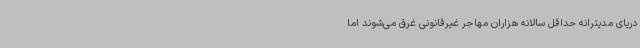
دریای مدیترانه حداقل سالانه هزاران مهاجر غیرقانونی غرق می‌شوند اما